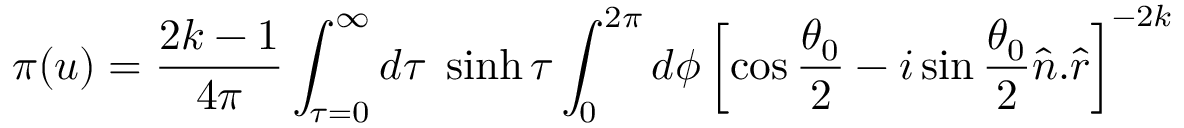
\pi ( u ) = \frac { 2 k - 1 } { 4 \pi } \int _ { \tau = 0 } ^ { \infty } d \tau \; \sinh \tau \int _ { 0 } ^ { 2 \pi } d \phi \left[ \cos \frac { \theta _ { 0 } } { 2 } - i \sin \frac { \theta _ { 0 } } { 2 } \hat { n } . \hat { r } \right] ^ { - 2 k }